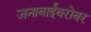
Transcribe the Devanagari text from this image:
जनाबाईंबरोबर